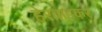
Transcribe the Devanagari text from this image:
हेरवाडकर